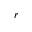
r